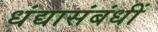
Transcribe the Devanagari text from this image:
धंद्यासंबंधीं